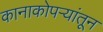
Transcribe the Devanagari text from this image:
कानाकोपर्‍यांतून